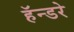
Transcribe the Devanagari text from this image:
हॅन्डरे